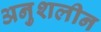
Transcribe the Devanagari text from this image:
अनुशलीन